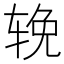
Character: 𬨈